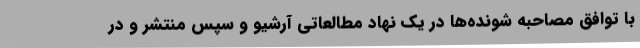
با توافق مصاحبه شونده‌ها در یک نهاد مطالعاتی آرشیو و سپس منتشر و در